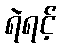
ရဲရင့်